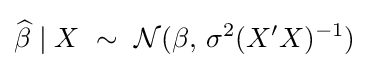
{\widehat {\beta }}\mid X\ \sim \ {\mathcal {N}}(\beta ,\,\sigma ^{2}(X'X)^{-1})